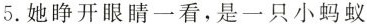
5.她睁开眼睛一看，是一只小蚂蚁